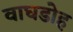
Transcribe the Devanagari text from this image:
वाघडोह